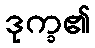
ဒုက္ခ၏